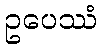
ဥပေဿံ